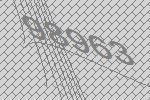
98963